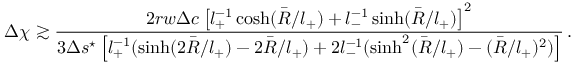
\Delta \chi \gtrsim \frac { 2 r w \Delta c \left[ l _ { + } ^ { - 1 } \cosh ( \bar { R } / l _ { + } ) + l _ { - } ^ { - 1 } \sinh ( \bar { R } / l _ { + } ) \right] ^ { 2 } } { 3 \Delta s ^ { \star } \left[ l _ { + } ^ { - 1 } ( \sinh ( 2 \bar { R } / l _ { + } ) - 2 \bar { R } / l _ { + } ) + 2 l _ { - } ^ { - 1 } ( \sinh ^ { 2 } ( \bar { R } / l _ { + } ) - ( \bar { R } / l _ { + } ) ^ { 2 } ) \right] } \, .